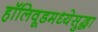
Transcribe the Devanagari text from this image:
हॉलिवूडमध्येसुद्धा